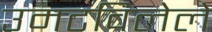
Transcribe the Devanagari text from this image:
उमटविलेले